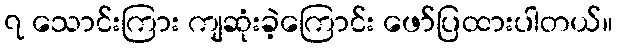
၇ သောင်းကြား ကျဆုံးခဲ့ကြောင်း ဖော်ပြထားပါတယ်။